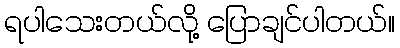
ရပါသေးတယ်လို့ ပြောချင်ပါတယ်။